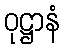
ဝုဋ္ဌာနံ